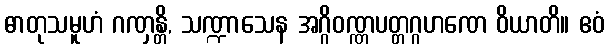
ဓာတုသမူဟံ ဂဏှန္တိ, သဏ္ဍာသေန အဂ္ဂိဝဏ္ဏပတ္တဂ္ဂဟဏေ ဝိယာတိ။ ဧဝံ